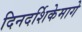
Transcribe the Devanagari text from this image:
दिनदर्शिकेमागे